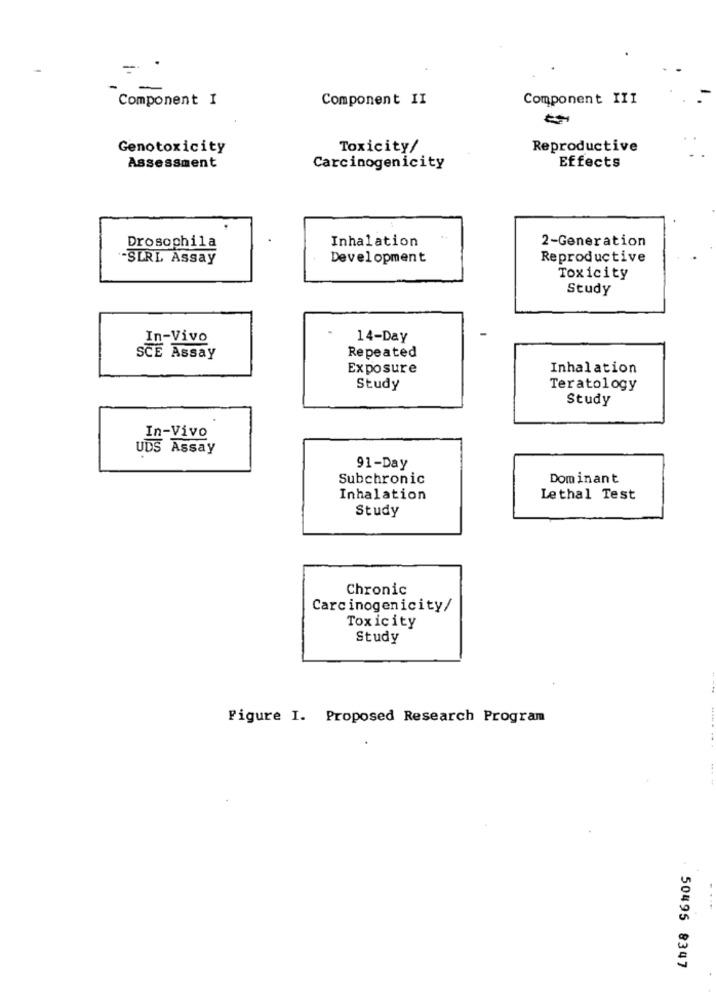
-
Component I
Component II
Component III
Genotoxicity
Toxicity/
Reproductive
Assessment
Carcinogenicity
Effects
Inhalation
2-Generation
Drosophila
-SLRL Assay
Development
Reproductive
Toxicity
Study
In-Vivo
14-Day
Repeated
SCE Assay
Exposure
Inhalation
Study
Teratology
Study
In-Vivo
UDS Assay
91-Day
Subchronic
Dominant
Inhalation
Lethal Test
Study
Chronic
Carcinogenicity/
Toxicity
Study
Figure I. Proposed Research Program
50495 8347